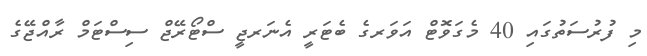
މި ފުރުުސަތުގައި 40 މެގަވޮޓް އަވަރގެ ބެޓަރީ އެނަރޖީ ސްޓޯރޭޖް ސިސްޓަމް ރާއްޖޭގެ